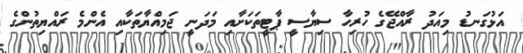
އަޅުގަނޑު މިއަދު ރާއްޖޭގެ ހުރިހާ ސިޔާސީ ޕާޓީތަކަށާއި މަދަނީ ޖަމިއްޔާތަކާއި އެންމެ ރައްޔިތުންގެ